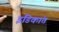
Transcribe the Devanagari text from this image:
इंडिकांत